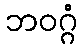
ဘဝဂ္ဂံ